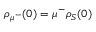
{ { \rho } _ { { { \mu } ^ { - } } } } ( 0 ) = { { \mu } ^ { - } } { { \rho } _ { S } } ( 0 )